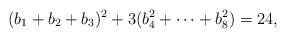
LaTeX: \begin{align*}(b_1+b_2+b_3)^2+3(b_4^2+\cdots+ b_8^2) = 24,\end{align*}